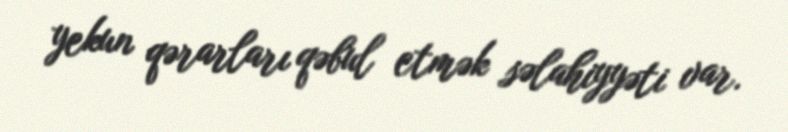
yekun qərarları qəbul etmək səlahiyyəti var.